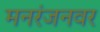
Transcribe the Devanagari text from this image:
मनरंजनवर